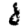
Digit: 8